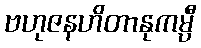
ဗဟုဇနဟိတာနုကမ္ပီ